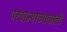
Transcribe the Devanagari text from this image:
परवान्याच्याखाली